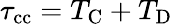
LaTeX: \tau_{\mathrm{cc}}=T_{\mathrm{C}}+T_{\mathrm{D}}